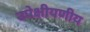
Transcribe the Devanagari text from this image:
उपेक्षीयणीय